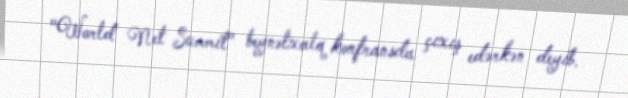
"World Net Summit" beynəlxalq konfransda çıxış edərkən deyib.